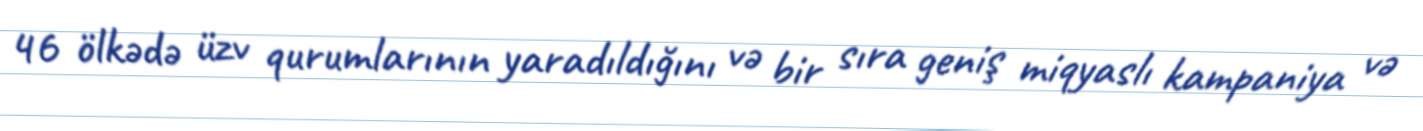
46 ölkədə üzv qurumlarının yaradıldığını və bir sıra geniş miqyaslı kampaniya və